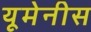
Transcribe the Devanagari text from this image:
यूमेनीस